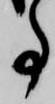
事